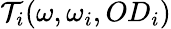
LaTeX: \mathcal{T}_{i}(\omega,\omega_{i},OD_{i})